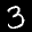
Label: 3